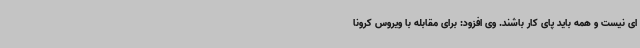
ای نیست و همه باید پای کار باشند. وی افزود: برای مقابله با ویروس کرونا